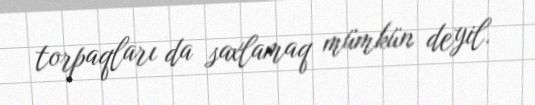
torpaqları da saxlamaq mümkün deyil.